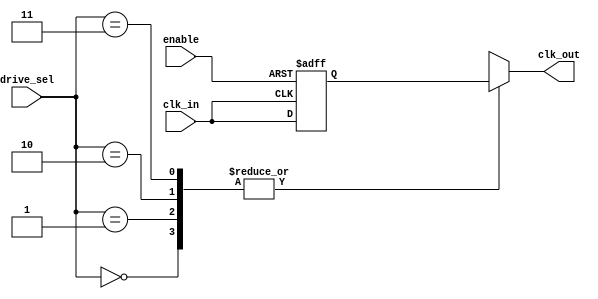
module low_power_clock_buffer (
    input wire clk_in,          // Input clock signal
    input wire enable,          // Enable signal for clock gating
    input wire [1:0] drive_sel, // Drive strength selection (00, 01, 10, 11)
    output wire clk_out         // Buffered clock output
);

    // Parameter definitions for programmable drive strengths
    parameter DRIVE_STRENGTH_0 = 1; // Low drive strength
    parameter DRIVE_STRENGTH_1 = 2; // Medium drive strength
    parameter DRIVE_STRENGTH_2 = 3; // High drive strength
    parameter DRIVE_STRENGTH_3 = 4; // Max drive strength

    reg clk_buf; // Buffered clock signal

    // Clock gating logic
    always @(posedge clk_in or negedge enable) begin
        if (!enable)
            clk_buf <= 1'b0; // Gated off when enable is low
        else
            clk_buf <= clk_in; // Buffer the clock signal
    end

    // Buffering stage with programmable drive strength
    always @(clk_buf or drive_sel) begin
        case (drive_sel)
            2'b00: clk_out <= clk_buf; // Low drive strength
            2'b01: clk_out <= clk_buf; // Medium drive strength
            2'b10: clk_out <= clk_buf; // High drive strength
            2'b11: clk_out <= clk_buf; // Max drive strength
            default: clk_out <= clk_buf; // Default case
        endcase
    end

endmodule